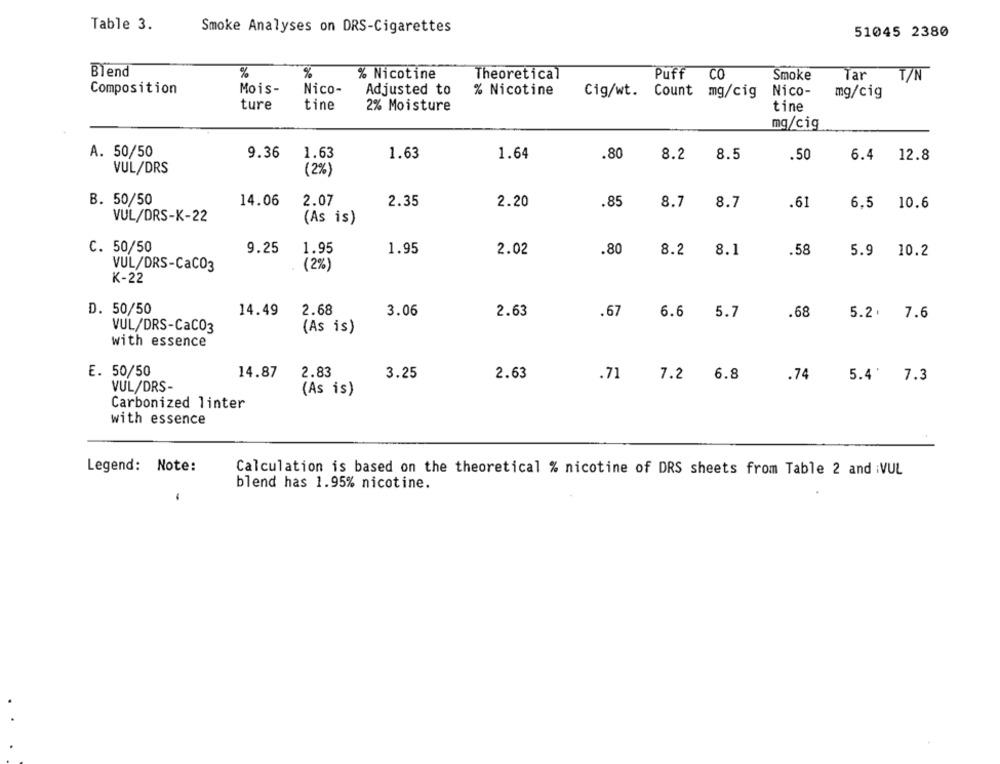
Table 3.
Smoke Analyses on DRS-Cigarettes
51045 2380
Blend
%
%
% Nicotine
Theoretical
Puff CO
Smoke
Tar
T/N
Composition
Mois -
Nico-
Adjusted to
% Nicotine
Nico-
Cig/wt. Count mg/cig
mg/cig
ture
tine
2% Moisture
tine
mg/cig
A. 50/50
9.36
1.63
1.63
1.64
.80
8.2
8.5
.50
6.4 12.8
VUL/DRS
(2%)
B. 50/50
14.06
2.07
2.35
2.20
.85
8.7
8.7
.61
6,5 10.6
VUL/DRS-K-22
(As is)
C. 50/50
9.25
1.95
1.95
2.02
.80
8.2 8.1
.58
5.9 10.2
VUL/DRS-CaC03
(2%)
K-22
D. 50/50
14.49
2.68
3.06
2.63
.67
.68
5.2. 7.6
6.6 5.7
VUL/DRS-CaC03
(As is)
with essence
E. 50/50
14.87
2.83
3.25
.71
2.63
7.2 6.8
.74
5.4' 7.3
VUL/DRS-
(As is)
Carbonized linter
with essence
Legend: Note:
Calculation is based on the theoretical % nicotine of DRS sheets from Table 2 and :VUL
blend has 1.95% nicotine.
-